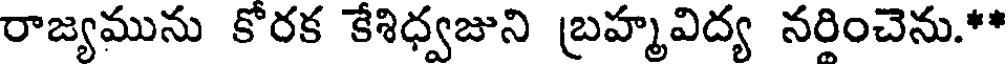
రాజ్యమును కోరక కేశిధ్వజుని బ్రహ్మవిద్య నరించెను.**